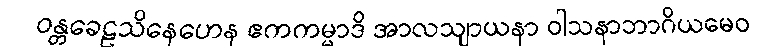
ဝန္တခေဠသိနေဟေန ဧကကမ္မာဒိ အာလသျာယနာ ဝါသနာဘာဂိယမေဝ